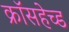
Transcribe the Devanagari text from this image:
क्रॉसहेच्ड